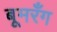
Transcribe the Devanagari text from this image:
बूमरँग